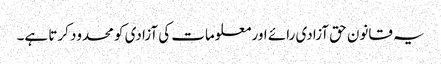
یہ قانون حق آزادی رائے اور معلومات کی آزادی کو محدود کرتا ہے۔